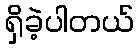
ရှိခဲ့ပါတယ်